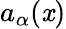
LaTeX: a_{\alpha}(\mathit{x})